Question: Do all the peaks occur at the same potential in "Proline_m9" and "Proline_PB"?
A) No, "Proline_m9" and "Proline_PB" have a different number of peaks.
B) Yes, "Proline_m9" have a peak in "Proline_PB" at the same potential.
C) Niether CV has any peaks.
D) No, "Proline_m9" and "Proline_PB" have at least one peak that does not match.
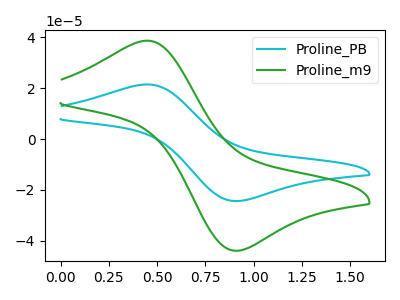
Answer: <think>The cyan curve "Proline_PB" has an anodic peak at (0.45V, 21.50uA) and a cathodic peak at (0.90V, -24.40uA). The green curve "Proline_m9" has an anodic peak at (0.45V, 38.70uA) and a cathodic peak at (0.90V, -43.90uA).</think>
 <answer>B) Yes, "Proline_m9" have a peak in "Proline_PB" at the same potential.</answer>
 <eval>B</eval>